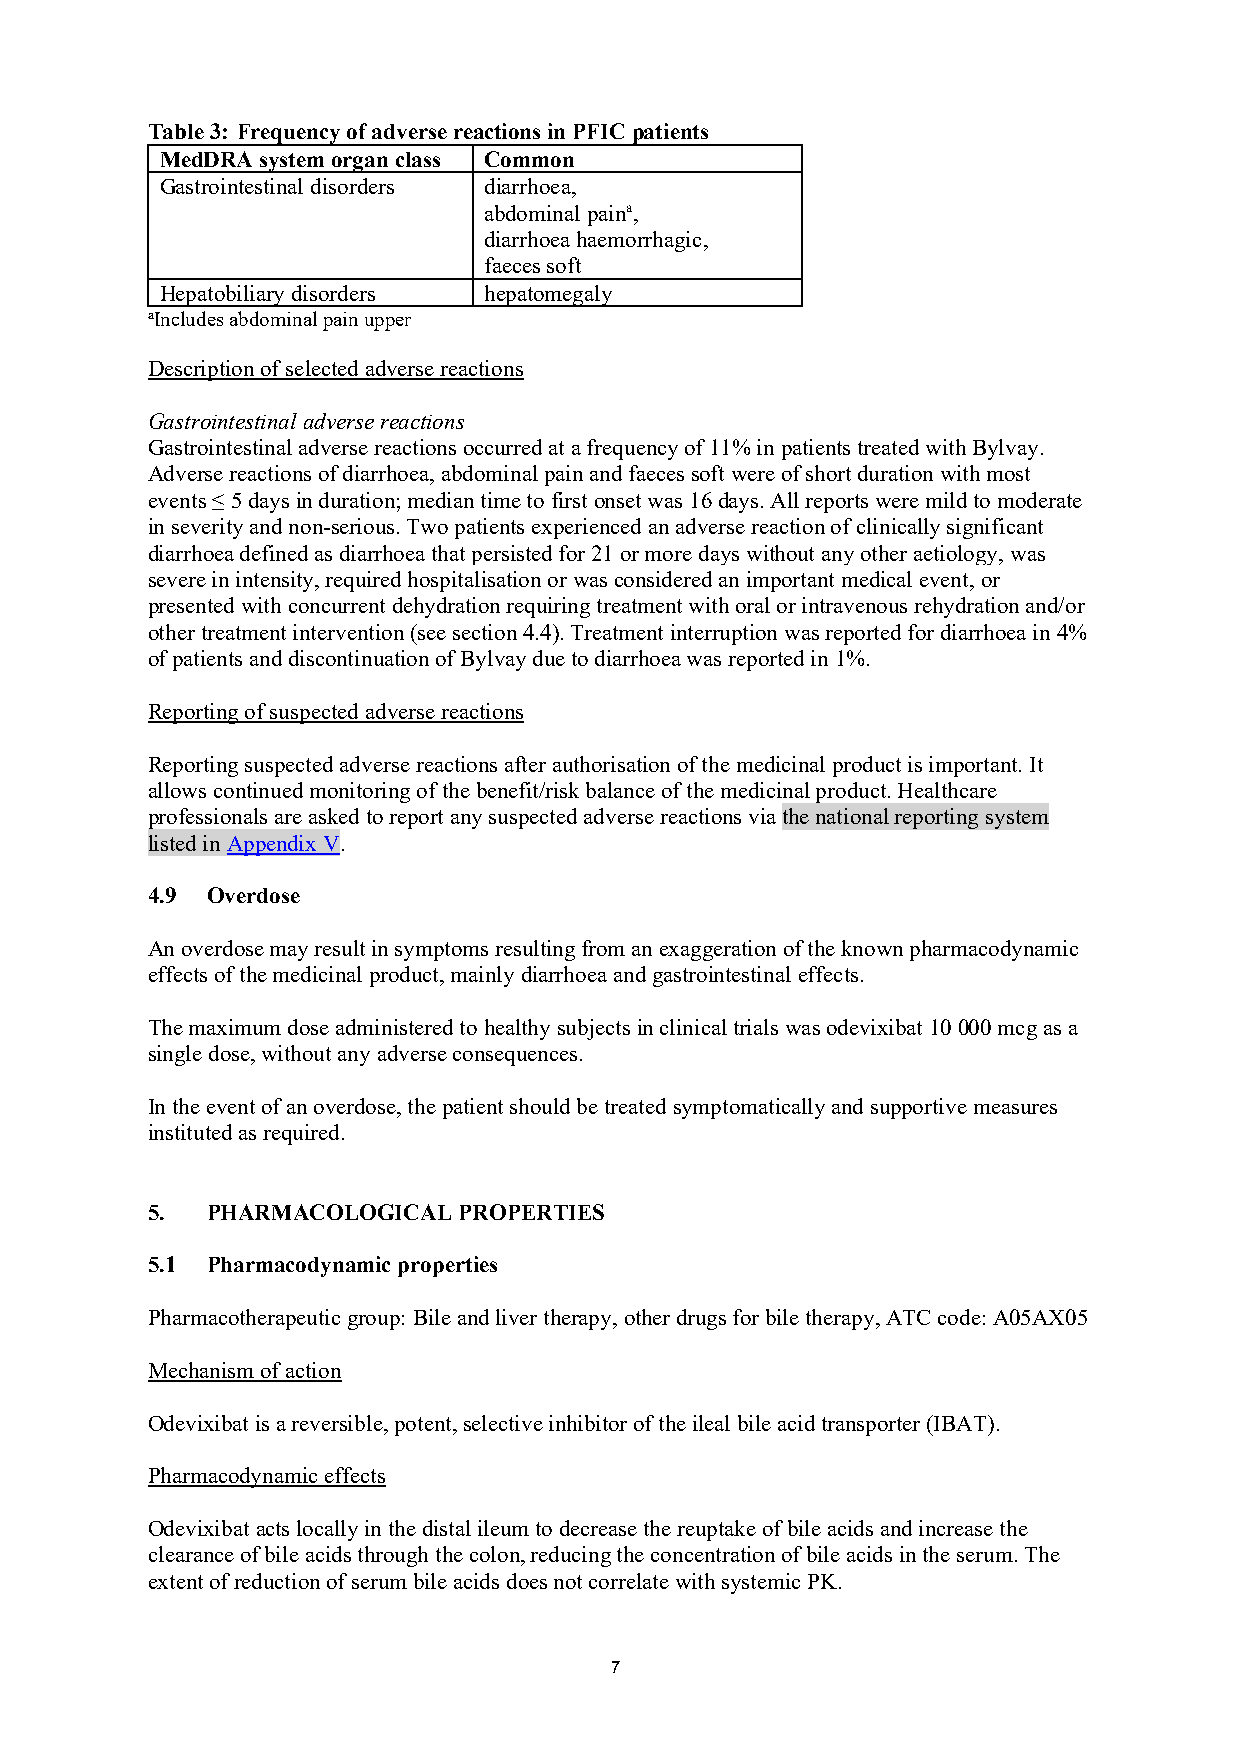
Table 3: Frequency of adverse reactions in PFIC patients
 MedDRA system organ class Common
 Gastrointestinal disorders diarrhoea,
 abdominal paina,
 diarrhoea haemorrhagic,
 faeces soft
 Hepatobiliary disorders hepatomegaly
 aIncludes abdominal pain upper
 Description of selected adverse reactions
 Gastrointestinal adverse reactions
 Gastrointestinal adverse reactions occurred at a frequency of 11% in patients treated with Bylvay.
 Adverse reactions of diarrhoea, abdominal pain and faeces soft were of short duration with most
 events ≤ 5 days in duration; median time to first onset was 16 days. All reports were mild to moderate
 in severity and non-serious. Two patients experienced an adverse reaction of clinically significant
 diarrhoea defined as diarrhoea that persisted for 21 or more days without any other aetiology, was
 severe in intensity, required hospitalisation or was considered an important medical event, or
 presented with concurrent dehydration requiring treatment with oral or intravenous rehydration and/or
 other treatment intervention (see section 4.4). Treatment interruption was reported for diarrhoea in 4%
 of patients and discontinuation of Bylvay due to diarrhoea was reported in 1%.
 Reporting of suspected adverse reactions
 Reporting suspected adverse reactions after authorisation of the medicinal product is important. It
 allows continued monitoring of the benefit/risk balance of the medicinal product. Healthcare
 professionals are asked to report any suspected adverse reactions via the national reporting system
 listed in Appendix V.
 4.9 Overdose
 An overdose may result in symptoms resulting from an exaggeration of the known pharmacodynamic
 effects of the medicinal product, mainly diarrhoea and gastrointestinal effects.
 The maximum dose administered to healthy subjects in clinical trials was odevixibat 10 000 mcg as a
 single dose, without any adverse consequences.
 In the event of an overdose, the patient should be treated symptomatically and supportive measures
 instituted as required.
 5.  PHARMACOLOGICAL PROPERTIES
 5.1 Pharmacodynamic properties
 Pharmacotherapeutic group: Bile and liver therapy, other drugs for bile therapy, ATC code: A05AX05
 Mechanism of action
 Odevixibat is a reversible, potent, selective inhibitor of the ileal bile acid transporter (IBAT).
 Pharmacodynamic effects
 Odevixibat acts locally in the distal ileum to decrease the reuptake of bile acids and increase the
 clearance of bile acids through the colon, reducing the concentration of bile acids in the serum. The
 extent of reduction of serum bile acids does not correlate with systemic PK.
 7